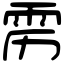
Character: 雳